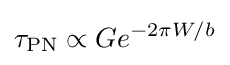
\tau _{\mathrm {PN} }\propto Ge^{-2{\pi }W/b}